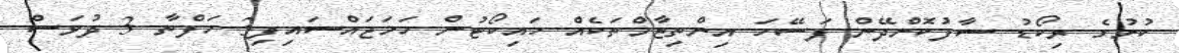
ކުށުގެ ރިކޯޑު ސާފުކޮށްދޭން ފަސޭހަ އިންތިޒާމްތަކެއް ހައިކޯޓުން ހަމަޖައްސައިފި3 ހަފްތާ 3 ދުވަސް